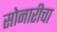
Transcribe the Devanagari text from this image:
सोनारीचा